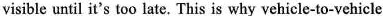
visible until it's too late. This is why vehicle-to-vehicle